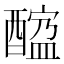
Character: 𨢠